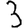
Digit: 3